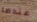
عندما